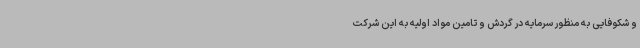
و شکوفایی به منظور سرمایه در گردش و تامین مواد اولیه به این شرکت